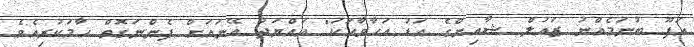
އަފޫ ބުނަމެއްނު ޒައުލް ޝާއިންގެ އަޑު އަހާވާހަކަ" އައްޔަދު އޭނައަށް ފެންނަގޮތް ހާމަކުރިއެވެ.